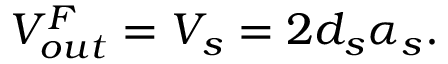
V _ { o u t } ^ { F } = V _ { s } = 2 d _ { s } \alpha _ { s } .